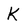
Character: K